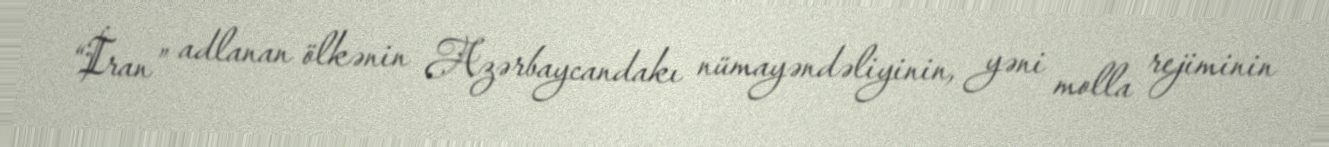
“İran” adlanan ölkənin Azərbaycandakı nümayəndəliyinin, yəni molla rejiminin